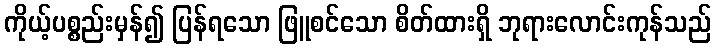
ကိုယ့်ပစ္စည်းမှန်၍ ပြန်ရသော ဖြူစင်သော စိတ်ထားရှိ ဘုရားလောင်းကုန်သည်